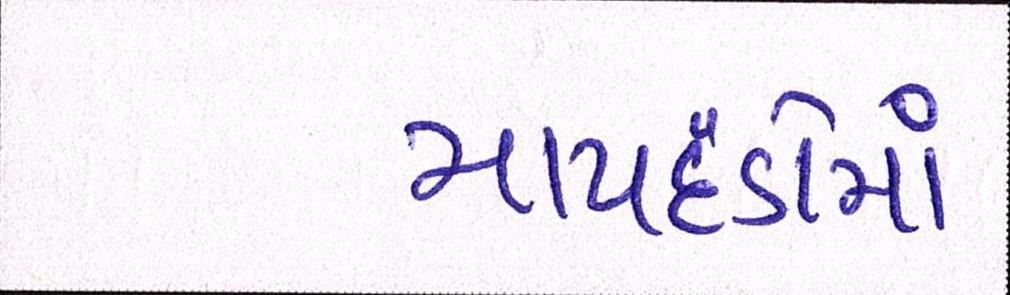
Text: માપદંડોમાં